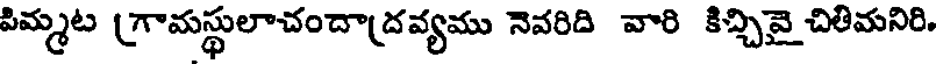
పిమ్మట (గామస్థులాచందా(దవ్యము నెవరిది వారి కిచ్చివై చితిమనిరి,